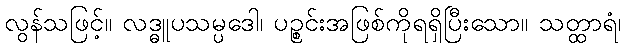
လွန်သဖြင့်။ လဒ္ဓူပသမ္ပဒေါ၊ ပဉ္စင်းအဖြစ်ကိုရရှိပြီးသော။ သတ္ထာရံ၊